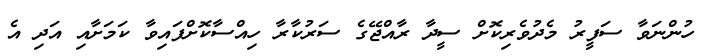
ހުންނަވާ ސަފީރު މެދުވެރިކޮށް ސީދާ ރާއްޖޭގެ ސަރުކާރާ ހިއްސާކޮށްފައިވާ ކަމަށާއި އަދި އެ